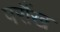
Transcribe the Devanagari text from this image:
परौंख